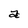
Character: a